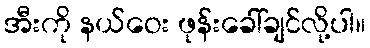
အီးကို နယ်ဝေး ဖုန်းခေါ်ချင်လို့ပါ။